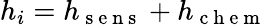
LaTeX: h_{i}=h_{\mathrm{~s~e~n~s~}}+h_{\mathrm{~c~h~e~m~}}